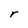
Character: r